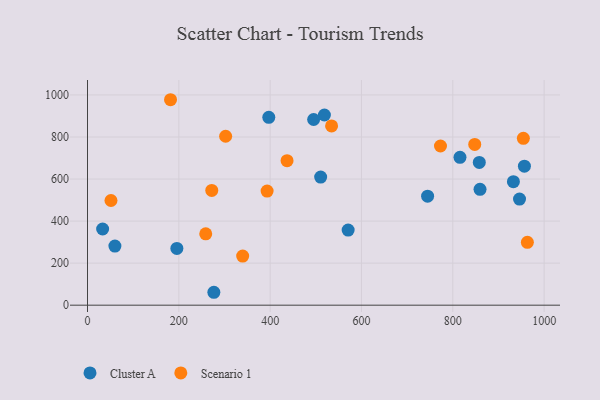
{"axis": {"x": "Ad Spend", "y": "Exam Score"}, "legend": ["Cluster A", "Scenario 1"], "data": [{"x": "518.8", "y": 904.7, "type": "Cluster A"}, {"x": "858.0", "y": 679.1, "type": "Cluster A"}, {"x": "744.8", "y": 518.4, "type": "Cluster A"}, {"x": "33.1", "y": 362.4, "type": "Cluster A"}, {"x": "932.7", "y": 587.3, "type": "Cluster A"}, {"x": "276.7", "y": 61.4, "type": "Cluster A"}, {"x": "570.8", "y": 357.5, "type": "Cluster A"}, {"x": "510.6", "y": 609.2, "type": "Cluster A"}, {"x": "815.7", "y": 703.1, "type": "Cluster A"}, {"x": "195.7", "y": 270.0, "type": "Cluster A"}, {"x": "859.6", "y": 551.0, "type": "Cluster A"}, {"x": "495.2", "y": 883.3, "type": "Cluster A"}, {"x": "60.0", "y": 281.3, "type": "Cluster A"}, {"x": "946.1", "y": 504.5, "type": "Cluster A"}, {"x": "397.0", "y": 893.8, "type": "Cluster A"}, {"x": "956.8", "y": 661.1, "type": "Cluster A"}, {"x": "963.3", "y": 299.2, "type": "Scenario 1"}, {"x": "339.8", "y": 233.6, "type": "Scenario 1"}, {"x": "773.0", "y": 757.3, "type": "Scenario 1"}, {"x": "302.5", "y": 803.5, "type": "Scenario 1"}, {"x": "51.4", "y": 498.0, "type": "Scenario 1"}, {"x": "437.0", "y": 687.6, "type": "Scenario 1"}, {"x": "534.5", "y": 852.5, "type": "Scenario 1"}, {"x": "393.3", "y": 543.0, "type": "Scenario 1"}, {"x": "181.8", "y": 977.3, "type": "Scenario 1"}, {"x": "272.1", "y": 545.9, "type": "Scenario 1"}, {"x": "954.5", "y": 793.6, "type": "Scenario 1"}, {"x": "848.0", "y": 764.8, "type": "Scenario 1"}, {"x": "258.9", "y": 339.5, "type": "Scenario 1"}]}